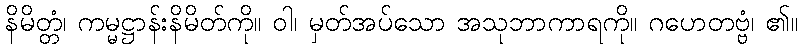
နိမိတ္တံ၊ ကမ္မဋ္ဌာန်းနိမိတ်ကို။ ဝါ၊ မှတ်အပ်သော အသုဘာကာရကို။ ဂဟေတဗ္ဗံ၊ ၏။